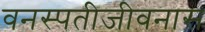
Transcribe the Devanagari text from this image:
वनस्पतीजीवनास